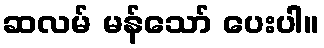
ဆလမ် မန်သော် ပေးပါ။